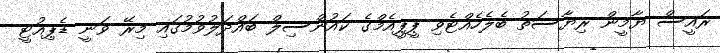
ރައީސް ޔާމީން ރިޔާސަތު ބެލެހެއްޓެވި ޕީޕީއެމްގެ ކައުންސިލް ބައްދަލުވުމުގައި މިރޭ ވަނީ ޑެޕިއުޓީ